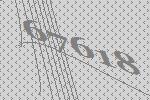
67618